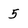
Character: 5